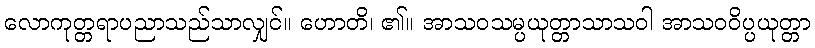
လောကုတ္တရာပညာသည်သာလျှင်။ ဟောတိ၊ ၏။ အာသဝသမ္ပယုတ္တာသာသဝါ အာသဝဝိပ္ပယုတ္တာ